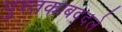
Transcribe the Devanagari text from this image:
पुस्तकाबद्दले